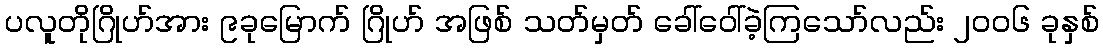
ပလူတိုဂြိုဟ်အား ၉ခုမြောက် ဂြိုဟ် အဖြစ် သတ်မှတ် ခေါ်ဝေါ်ခဲ့ကြသော်လည်း ၂၀၀၆ ခုနှစ်